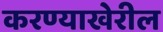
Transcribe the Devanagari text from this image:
करण्याखेरील